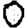
Digit: 0